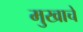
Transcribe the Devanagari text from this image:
मुखाचे